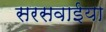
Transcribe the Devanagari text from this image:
सरसवाईया